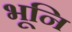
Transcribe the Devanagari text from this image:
भूनि